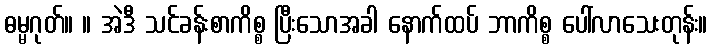
ဓမ္မဂုတ်။ ။ အဲဒီ သင်ခန်းစာကိစ္စ ပြီးသောအခါ နောက်ထပ် ဘာကိစ္စ ပေါ်လာသေးတုန်း။